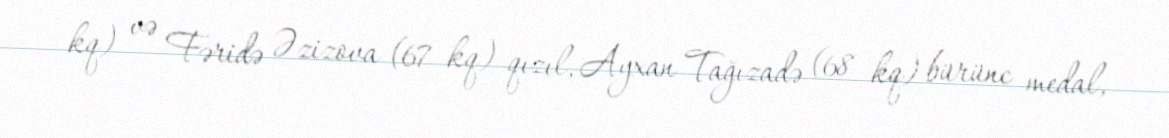
kq) və Fəridə Əzizova (67 kq) qızıl, Ayxan Tağızadə (68 kq) bürünc medal,